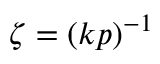
\zeta = ( k p ) ^ { - 1 }